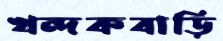
খন্দকবাড়ি